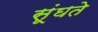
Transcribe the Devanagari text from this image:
सूंघते